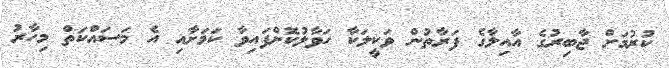
ކުރުމަށް ޖާބިރުގެ އާއިލާގެ ފަރާތުން ވަކީލަކާ ހަވާލުކޮށްފައިވާ ކަމަށާއި އެ މަސައްކަތް މިހާރު